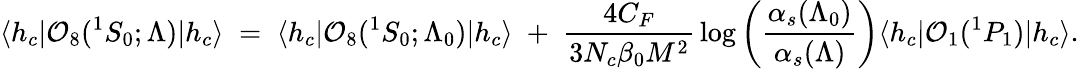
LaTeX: {\langle h_{c}|}{\cal O}_{8}({}^{1}S_{0};\Lambda){|h_{c}\rangle}\; =\; {\langle h_{c}|}{\cal O}_{8}({}^{1}S_{0};\Lambda_{0}){|h_{c}\rangle}\; +\; {\frac{4C_{F}}{3N_{c}\beta_{0}M^{2}}}\log\left(\frac{\alpha_{s}(\Lambda_{0})}{\alpha_{s}(\Lambda)}\right){\langle h_{c}|}{\cal O}_{1}({}^{1}P_{1}){|h_{c}\rangle}.